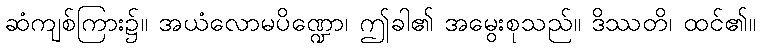
ဆံကျစ်ကြား၌။ အယံလောမပိဏ္ဍော၊ ဤခါ၏ အမွေးစုသည်။ ဒိဿတိ၊ ထင်၏။